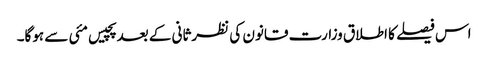
اس فیصلے کا اطلاق وزارت قانون کی نظرثانی کے بعد پچیس مئی سے ہوگا۔